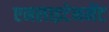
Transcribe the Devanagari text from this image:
एनलाइटेनमेंट